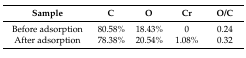
| Sample | C | O | Cr | O/C |
 | --- | --- | --- | --- | --- |
 | Before adsorption | 80.58% | 18.43% | 0 | 0.24 |
 | After adsorption | 78.38% | 20.54% | 1.08% | 0.32 |